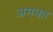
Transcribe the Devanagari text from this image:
अमका